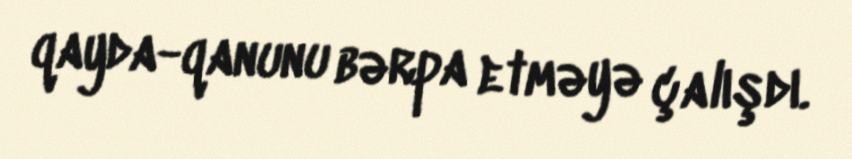
qayda-qanunu bərpa etməyə çalışdı.